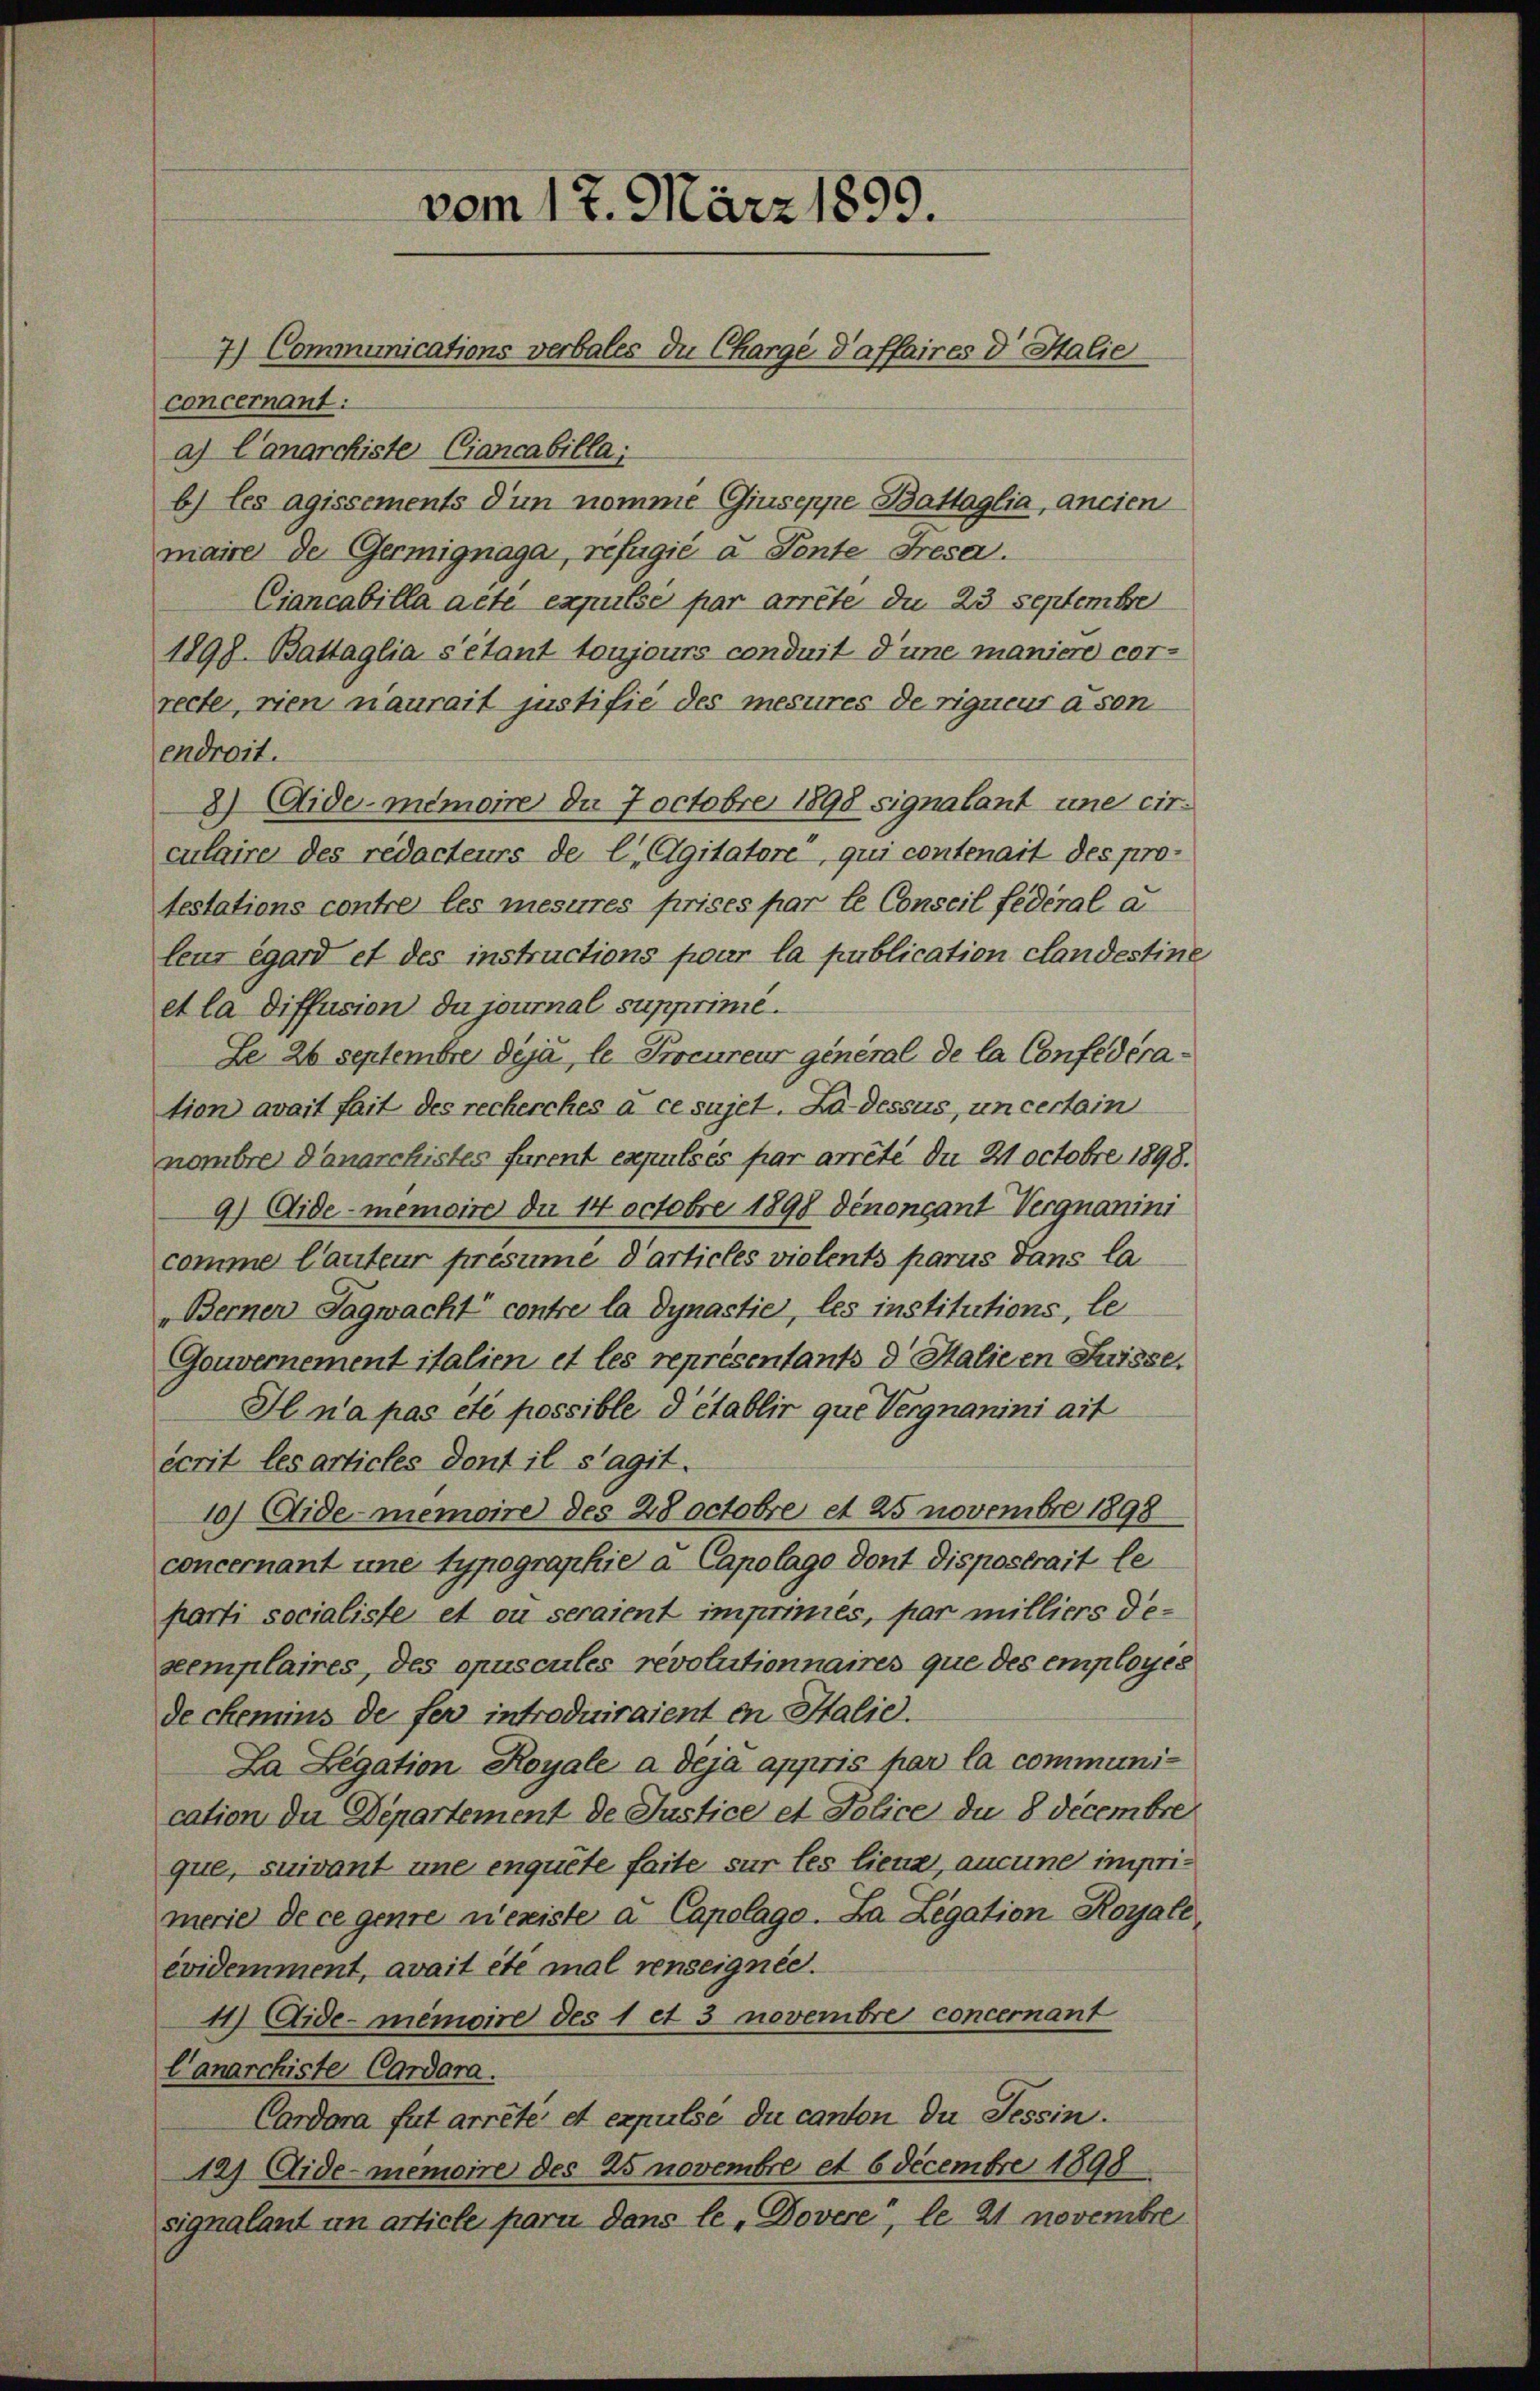
vom 17. März 1899.
7.) Communications verbales du Chargé d’affaires d Italie

concernant:
a) Canarchiste Ciancabilla:
b) les agissements d’un nomme Giuseppe Battaglia, ancien
maire der Germignaga, refugić u Ponte Fresa.
Ciancabilla acte expulse par arrete du 23 Septembe
1898. Battaglia s’étant toujours conduit d’une maniere cor-
recte, rien naurait justifie des mesures de rigueur a son
endroit.
8) Aide-Memoire de Joctobre 1898 signalant une cir.
culaire des redacteurs de l Agitatore, qui contenait des pro-
testations contre les mesures prises par le Conseil fédéral a
leur égard et des instructions four la publication clandestine
et la diffusion du journal supprimé.
Le 26 Septembre dija, le Procureur general de la Confederation avait fait des recherches à ce sujet. Da dessus, un certain
nombre donarchistes furent expulsés par arreté du 21 Octobre 1898.
9) Aide-nemoire du 14 Octobre 1898 denonçant Vergnanini
comme lauteur présumé Particles vielents parus dans la
Berner Tagwacht contre la dynastie, les institutions, le
Gouvernement italien et les représentants d. Malie en Suisse.
Il n’a pas été possible d’établir que Vergnanini ait
écrit les articles dont il s’agit.
10) Aidememoire des 28 octobre et 25 novembre 1898
concernant une typographie a Capolago dont dispostrait le
parti socialiste et ou seraient impriniés, par milliers desemplaires, des opuscules revolutionnaires que des employés
de chemins de fer introduiraient in Italie.
La Legation Royale à deja appris par la communication der Departement de Justice et Police du 8 Decembre
que, suivant une enquete faite sur les liene, aucune imprimerie de ce genie reniste a Capelage. Da Legation Royale
évidemment, avait été mal renseignee.
11) Aide-memoire des 1 et 3 novembre concernant
Canarchiste Cardara
Cardora fut arrêté et expulse du canton du Tessin.
127 Aide-Memoire des 25 novembre et 6 Decembre 1898
signalant in article paru dans le, Dovere, le 21 novembre